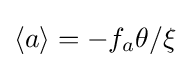
\langle a\rangle =-f_{a}\theta /\xi